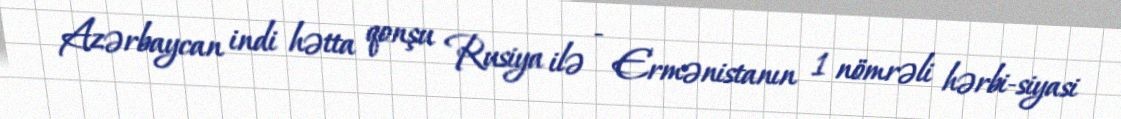
Azərbaycan indi hətta qonşu Rusiya ilə - Ermənistanın 1 nömrəli hərbi-siyasi